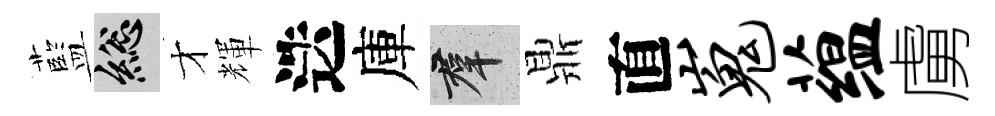
藍總才輝迭庫群鼎直嵬蕴虜